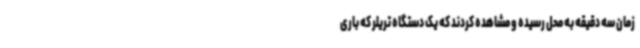
زمان سه دقیقه به محل رسیده و مشاهده کردند که یک دستگاه تریلر که باری